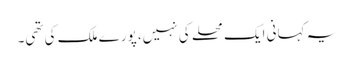
یہ کہانی ایک محلے کی نہیں، پورے ملک کی تھی۔